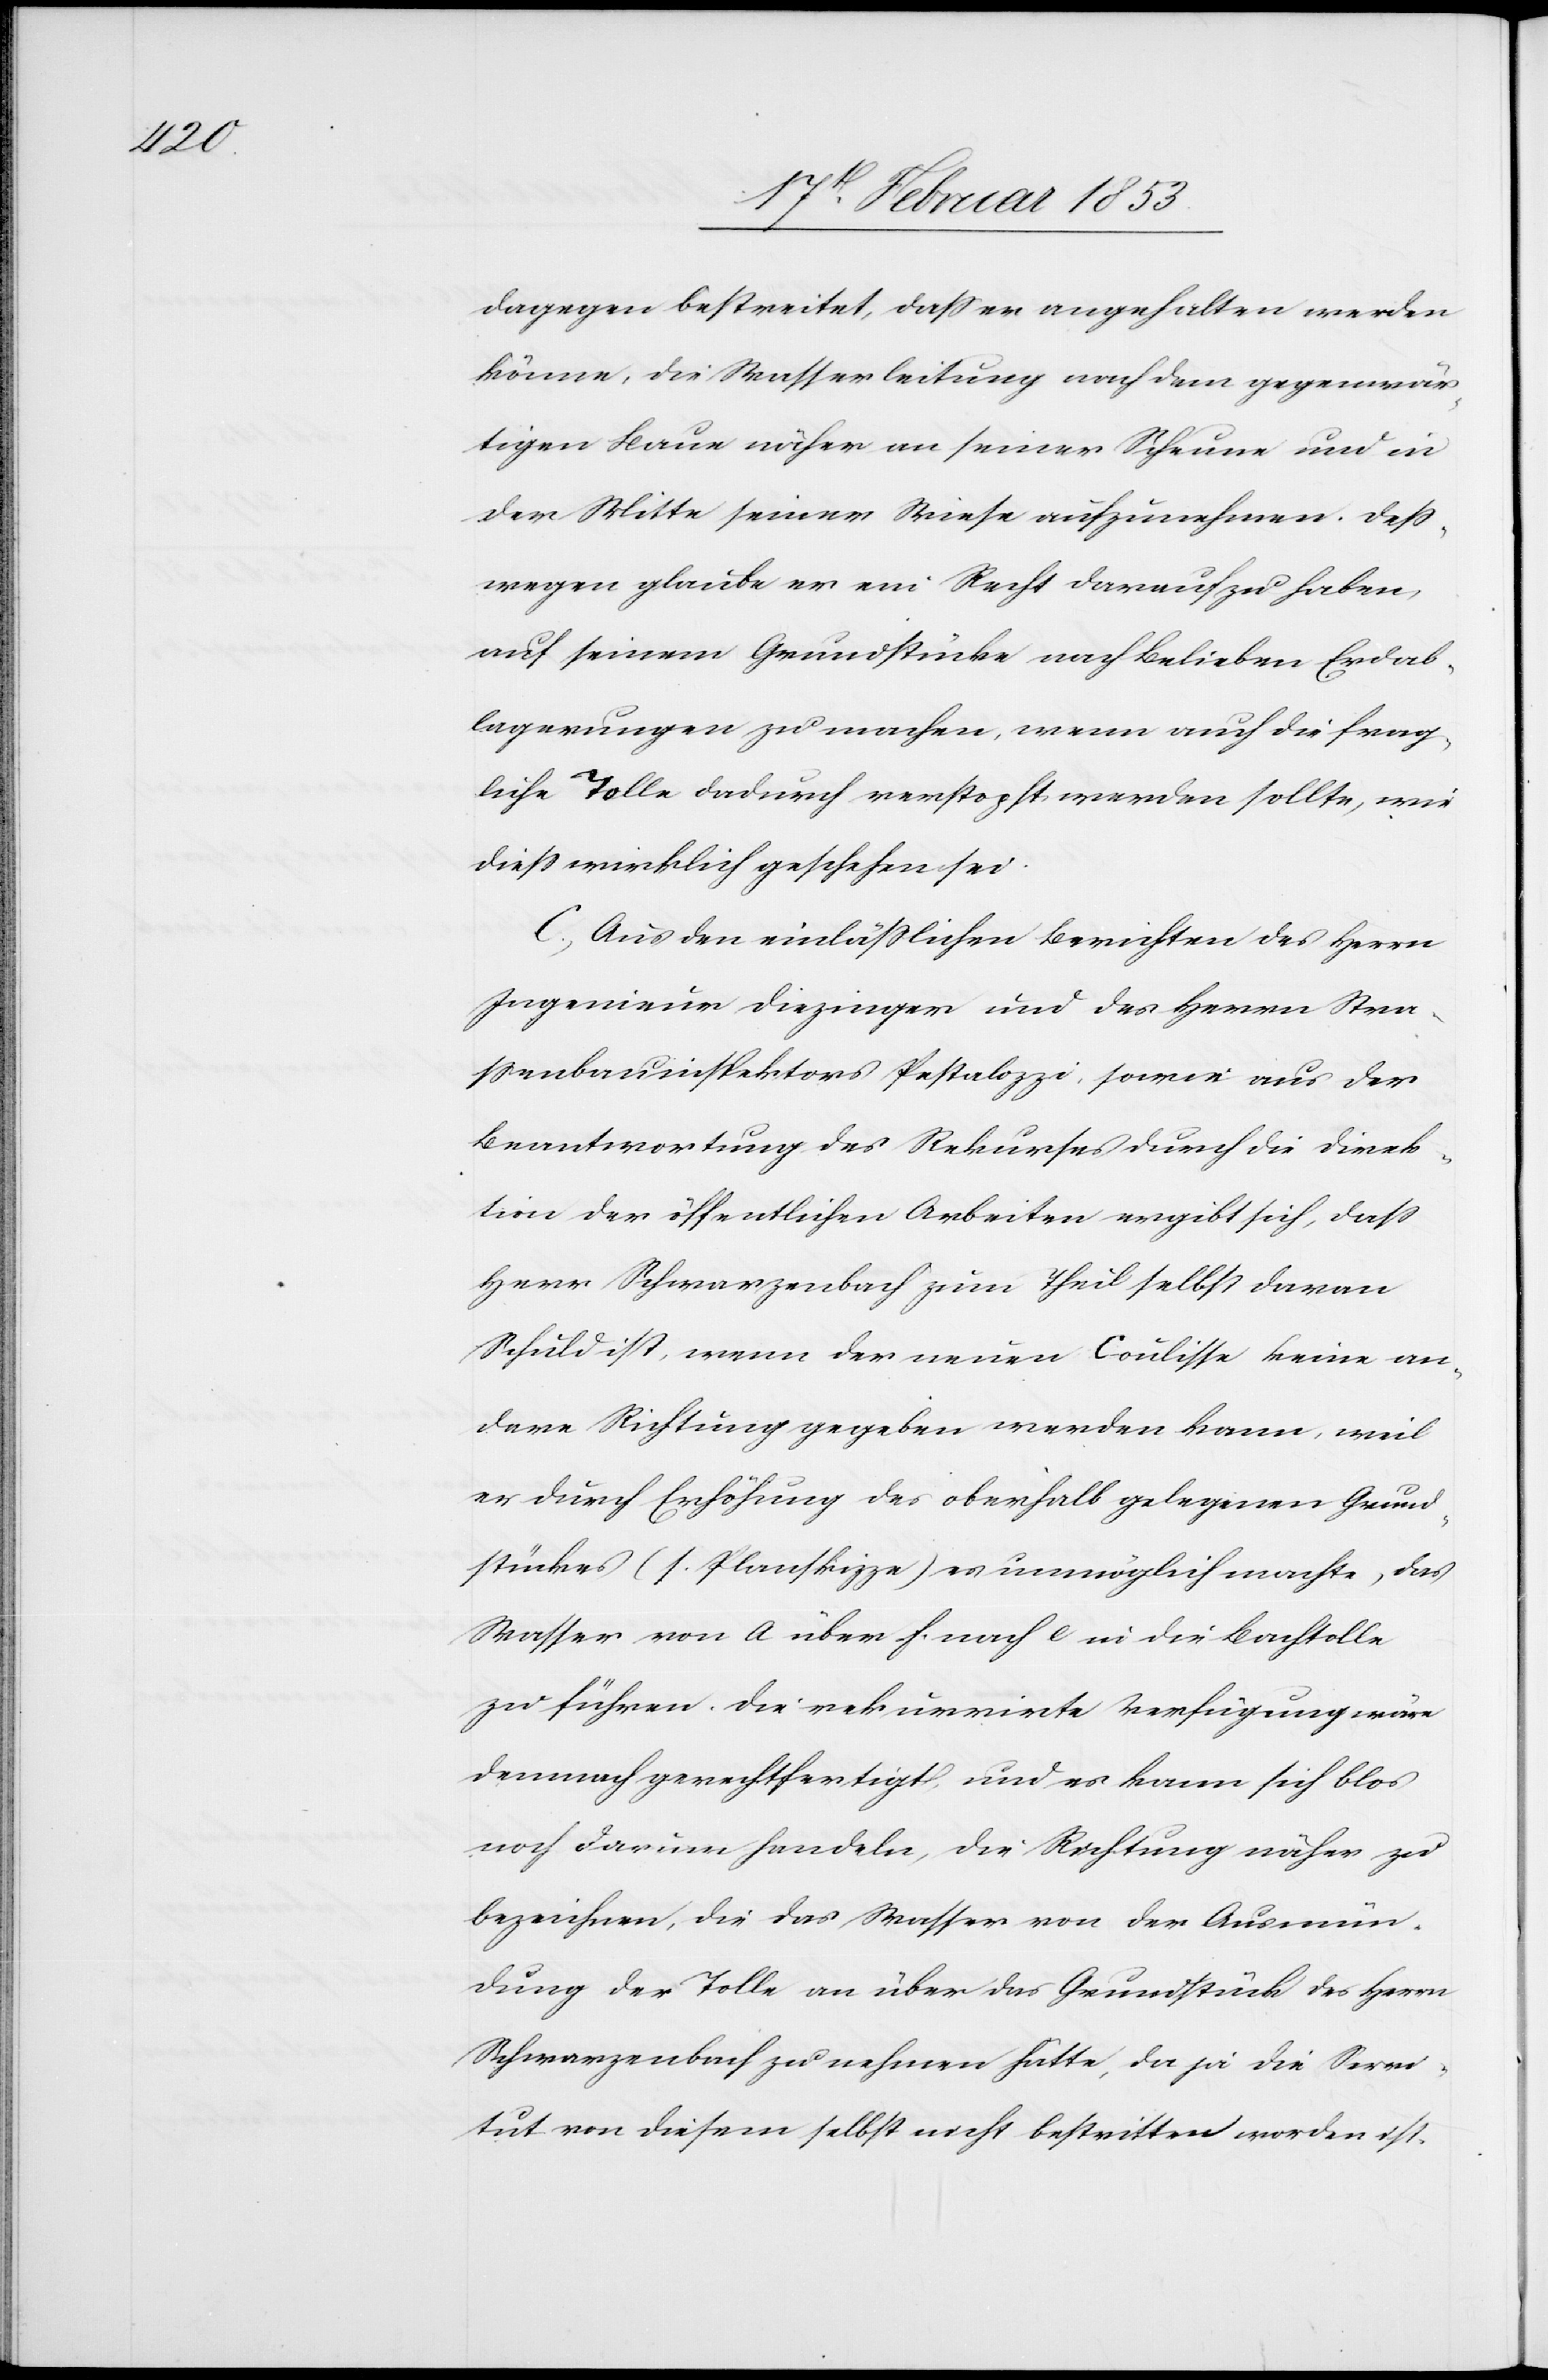
Dagegen bestreitet [er], daß er angehalten werden
könne, die Wasserleitung auf dem gegenwär¬
tigen Baue näher an seiner Scheune und in
der Mitte seiner Wiese aufzunehmen. Deß¬
wegen glaube er ein Recht darauf zu haben,
auf seinem Grundstücke nach Belieben Erdab¬
lagerungen zu machen, wenn auch die frag¬
liche Tolle dadurch verstopft werden sollte, wie
dieß wirklich geschehen sei.
Aus den einläßlichen Berichten des Herrn
Ingenieur Diezinger und des Herrn Stra¬
ßenbauinspektors Pestalozzi, sowie aus der
Beantwortung des Rekurses durch die Direk¬
tion der öffentlichen Arbeiten ergibt sich, daß
Herr Schwarzenbach zum Theil selbst daran
Schuld ist, wenn der neuen Coulisse keine an¬
dere Richtung gegeben werden kann, weil
er durch Erhöhung des oberhalb gelegenen Grund¬
stückes (1. Planskizze) es unmöglich machte, das
Wasser von a über f. nach e in die Bachtolle
zu führen. Die rekurrirte Verfügung wäre
demnach gerechtfertigt und es kann sich blos
noch darum handeln, die Richtung näher zu
bezeichnen, die das Wasser von der Ausmün¬
dung der Tolle an über das Grundstück des Herrn
Schwerzenbach zu nehmen hätte, da ja die Servi¬
tut von diesem selbst nicht bestritten worden ist.